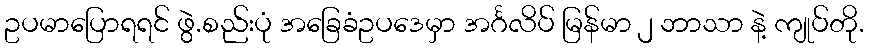
ဥပမာပြောရရင် ဖွဲ.စည်းပုံ အခြေခံဥပဒေမှာ အင်္ဂလိပ် မြန်မာ ၂ ဘာသာ နဲ့ ကျုပ်တို.